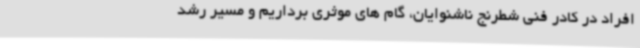
افراد در کادر فنی شطرنج ناشنوایان، گام های موثری برداریم و مسیر رشد